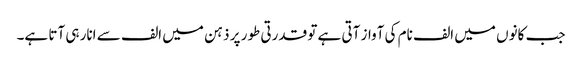
جب کانوں میں الف نام کی آواز آتی ہے تو قدرتی طور پر ذہن میں الف سے انار ہی آتا ہے۔